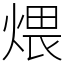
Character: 煨